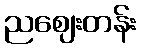
ညဈေးတန်း